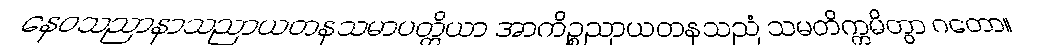
နေဝသညာနာသညာယတနသမာပတ္တိယာ အာကိဉ္စညာယတနသညံ သမတိက္ကမိတွာ ဂတော။